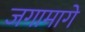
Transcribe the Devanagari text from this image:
जगामागे